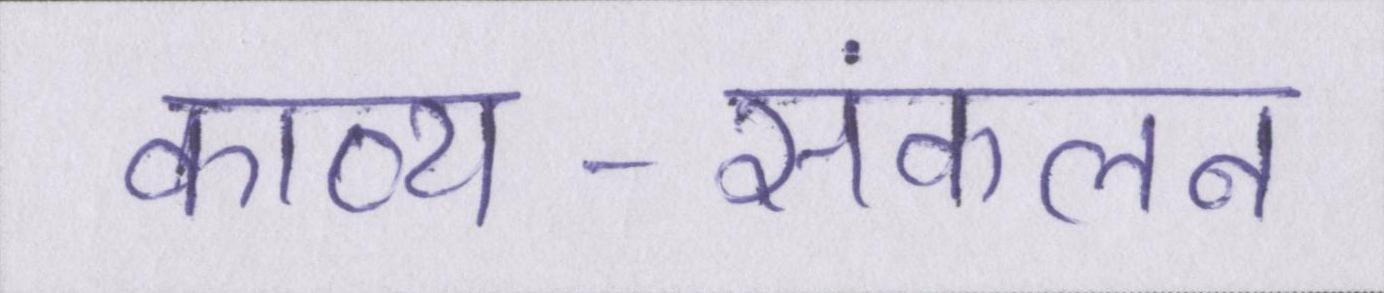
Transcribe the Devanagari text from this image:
काव्य-संकलन